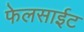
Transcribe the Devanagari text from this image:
फेलसाईट